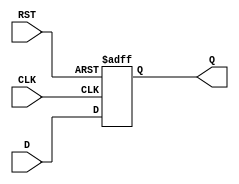
module StoreRegister (
    input wire [N-1:0] D,    // Data input
    input wire CLK,           // Clock input
    input wire RST,           // Asynchronous reset input
    output reg [N-1:0] Q      // Data output
);
    parameter N = 1;          // Define N for configurable width, default is 1 bit

    // Asynchronous reset and synchronous data capturing on clock edge
    always @(posedge CLK or posedge RST) begin
        if (RST) begin
            Q <= 0;           // Reset output to 0
        end else begin
            Q <= D;           // Capture data on clock edge
        end
    end
endmodule